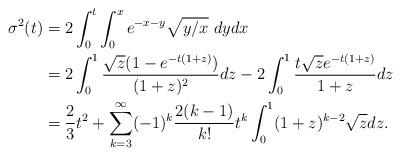
LaTeX: \begin{align*}\sigma^2(t)&=2\int_{0}^{t}\int_{0}^{x}e^{-x-y}\sqrt{y/x}\ dydx\\&=2\int_{0}^{1}\frac{\sqrt{z}(1-e^{-t(1+z)})}{(1+z)^2}dz - 2\int_{0}^{1}\frac{t\sqrt{z}e^{-t(1+z)}}{1+z}dz \\&=\frac{2}{3}t^2+\sum_{k=3}^{\infty}(-1)^{k}\frac{2(k-1)}{k!}t^{k}\int_{0}^{1}(1+z)^{k-2}\sqrt{z}dz.\end{align*}